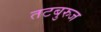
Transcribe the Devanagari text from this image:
तटबुरुज